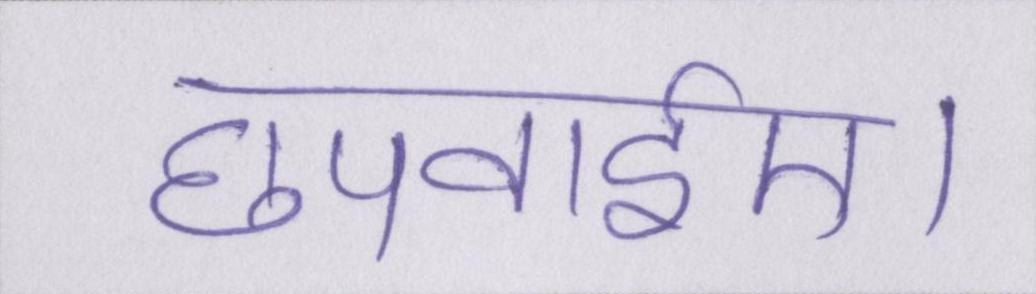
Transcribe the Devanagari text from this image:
छपवाईए।